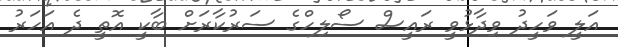
އަލީ ވަހީދު ވިދާޅުވީ ރައީސް ސޯލިހްގެ ސަރުކާރަށް ބާކީ އޮތީ ދެ އަހަރު